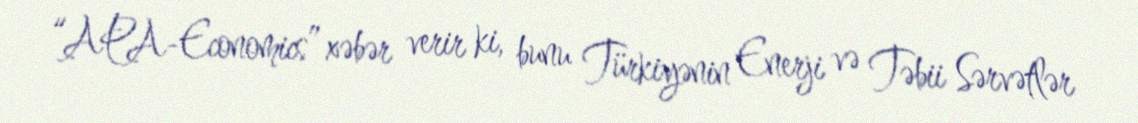
“APA-Economics” xəbər verir ki, bunu Türkiyənin Enerji və Təbii Sərvətlər